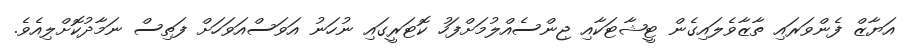
އަޔާޒް ފެންވަރައި ތާޒާވެލައިގެން ޓީޝާޓަކާއި ޖިންސެއްލުމަށްފަހު ކޮޓަރީގައި ނުހަނު އަވަސްއަވަހަށް ފަތިސް ނަމާދުކޮށްލިއެވެ.